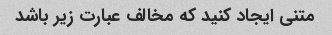
متنی ایجاد کنید که مخالف عبارت زیر باشد